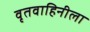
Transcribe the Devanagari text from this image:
वृतवाहिनीला